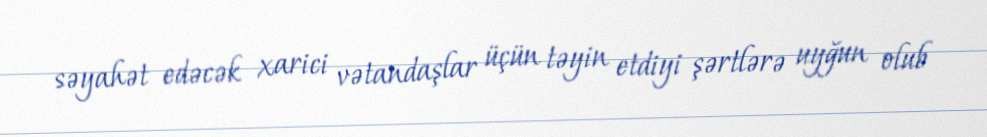
səyahət edəcək xarici vətandaşlar üçün təyin etdiyi şərtlərə uyğun olub